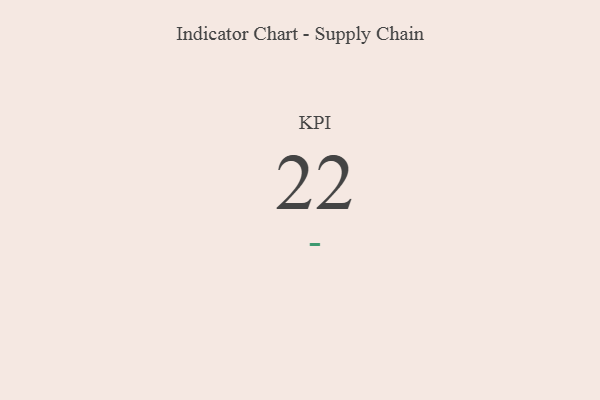
{"axis": {"x": "KPI", "y": "Value"}, "legend": [""], "data": [{"x": "KPI", "y": 22, "type": ""}]}